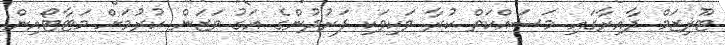
ޓޫރިޒަމް ދާއިރާގައި މަސައްކަތް ކުރާ ވަކިވަކި ފަރުދުންގެ އަގު ވަޒަން ކުރުމަށް މަޓާޓޯއިން